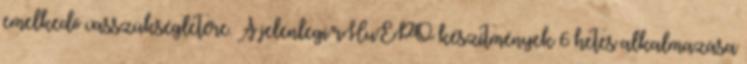
emelkedő vasszükségletére. A jelenlegi rHuEPO készítmények 6 hetes alkalmazása